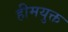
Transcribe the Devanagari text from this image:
हीमयुक्त